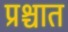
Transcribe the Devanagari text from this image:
प्रश्चात